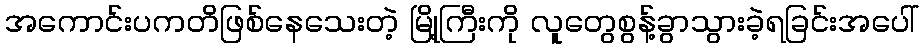
အကောင်းပကတိဖြစ်နေသေးတဲ့ မြို့ကြီးကို လူတွေစွန့်ခွာသွားခဲ့ရခြင်းအပေါ်